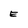
Character: E